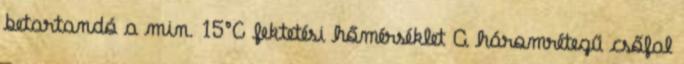
betartandó a min. 15°C fektetési hőmérséklet A háromrétegű csőfal